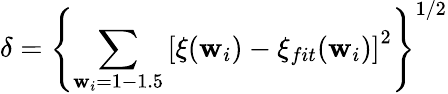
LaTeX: \delta=\left\{ \sum_{\mathbf{w}_{i}=1-1.5}\left[\xi(\mathbf{w}_{i})-\xi_{fit}(\mathbf{w}_{i})\right]^{2}\right\} ^{1/2}